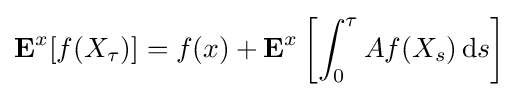
\mathbf {E} ^{x}[f(X_{\tau })]=f(x)+\mathbf {E} ^{x}\left[\int _{0}^{\tau }Af(X_{s})\,\mathrm {d} s\right]